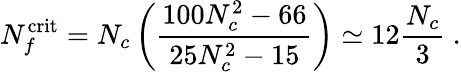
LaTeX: N_{f}^{\mathrm{crit}}=N_{c}\left(\frac{100N_{c}^{2}-66}{25N_{c}^{2}-15}\right)\simeq 12\frac{N_{c}}{3}\ .